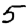
Digit: 5